Civil Veterinary Dept. Assam report 1927-50 - 1927-1950
Year: 1927
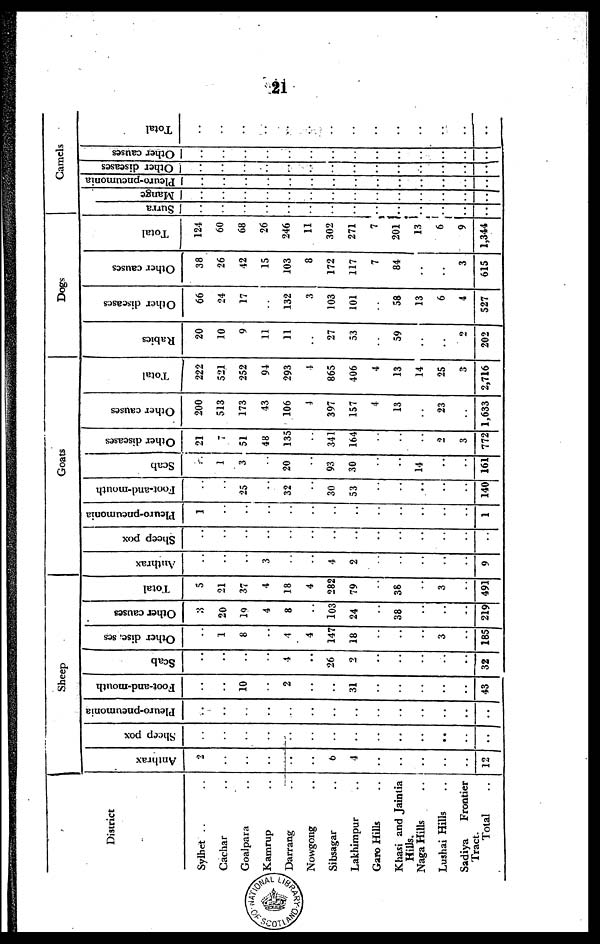
21
District
Sylhet .. ..
Cachar .. ..
Goalpara ..
Kamrup ..
Darrang ..
Nowgong ..
Sibsagar ..
Lakhimpur ..
Garo Hills ..
Khasi and Jaintia
Hills.
Naga Hills ..
Lushai Hills ..
Sadiya
Frontier
Tract.
Total..
Sheep
Anthrax
2
..
..
..
..
..
6
4
..
..
..
..
..
12
Sheep pox
..
..
..
..
..
..
..
..
..
..
..
..
..
..
Pleuropneumonia
..
..
..
..
..
..
..
..
..
..
..
..
..
..
Foot-and-mouth
..
..
10
..
2
..
..
31
..
..
..
..
...
43
Scab
..
..
..
..
1
..
26
2
..
..
..
..
..
32
Other diseases
..
1
8
..
4
4
147
18
..
..
..
3
..
185
Other causes
3
20
10
4
8
..
103
24
..
38
..
..
..
219
Total
5
21
37
4
18
4
282
79
..
38
..
3
..
491
Goats
Anthrax
..
..
..
3
..
..
4
2
..
..
..
..
..
9
Sheep pox
..
..
..
..
..
..
..
..
..
..
..
..
..
..
Pleuro-pneumonia
1
..
..
..
..
..
..
..
..
..
..
..
..
1
Foot-and-mouth
..
..
25
..
32
..
30
53
..
..
..
..
..
140
Scab
..
1
3
..
20
..
93
30
..
..
14
..
..
161
Other diseases
21
7
51
48
135
..
341
164
..
..
..
2
3
772
Other causes
200
513
173
43
106
4
397
157
4
13
..
23
..
1,633
Total
222
521
252
94
293
4
865
406
4
13
14
25
3
2,716
Dogs
Rabies
20
10
9
13
11
..
27
53
..
59
..
..
2
202
Other diseases
66
24
17
..
132
3
103
101
..
58
13
6
4
527
Other causes
38
26
42
15
103
8
172
117
7
84
...
..
3
615
Total
124
60
68
26
246
11
302
271
7
201
13
6
9
1,344
Camels
Surra
..
..
..
..
..
..
..
..
..
..
..
..
..
..
Mange
..
..
..
..
..
..
..
..
..
..
..
..
..
..
Pleuro-pneumonia
..
..
..
..
..
..
..
..
..
..
..
..
..
..
Other diseases
..
..
..
..
..
..
..
..
..
..
..
..
..
..
Other causes
..
..
..
..
..
..
..
..
..
..
..
..
..
..
Total
..